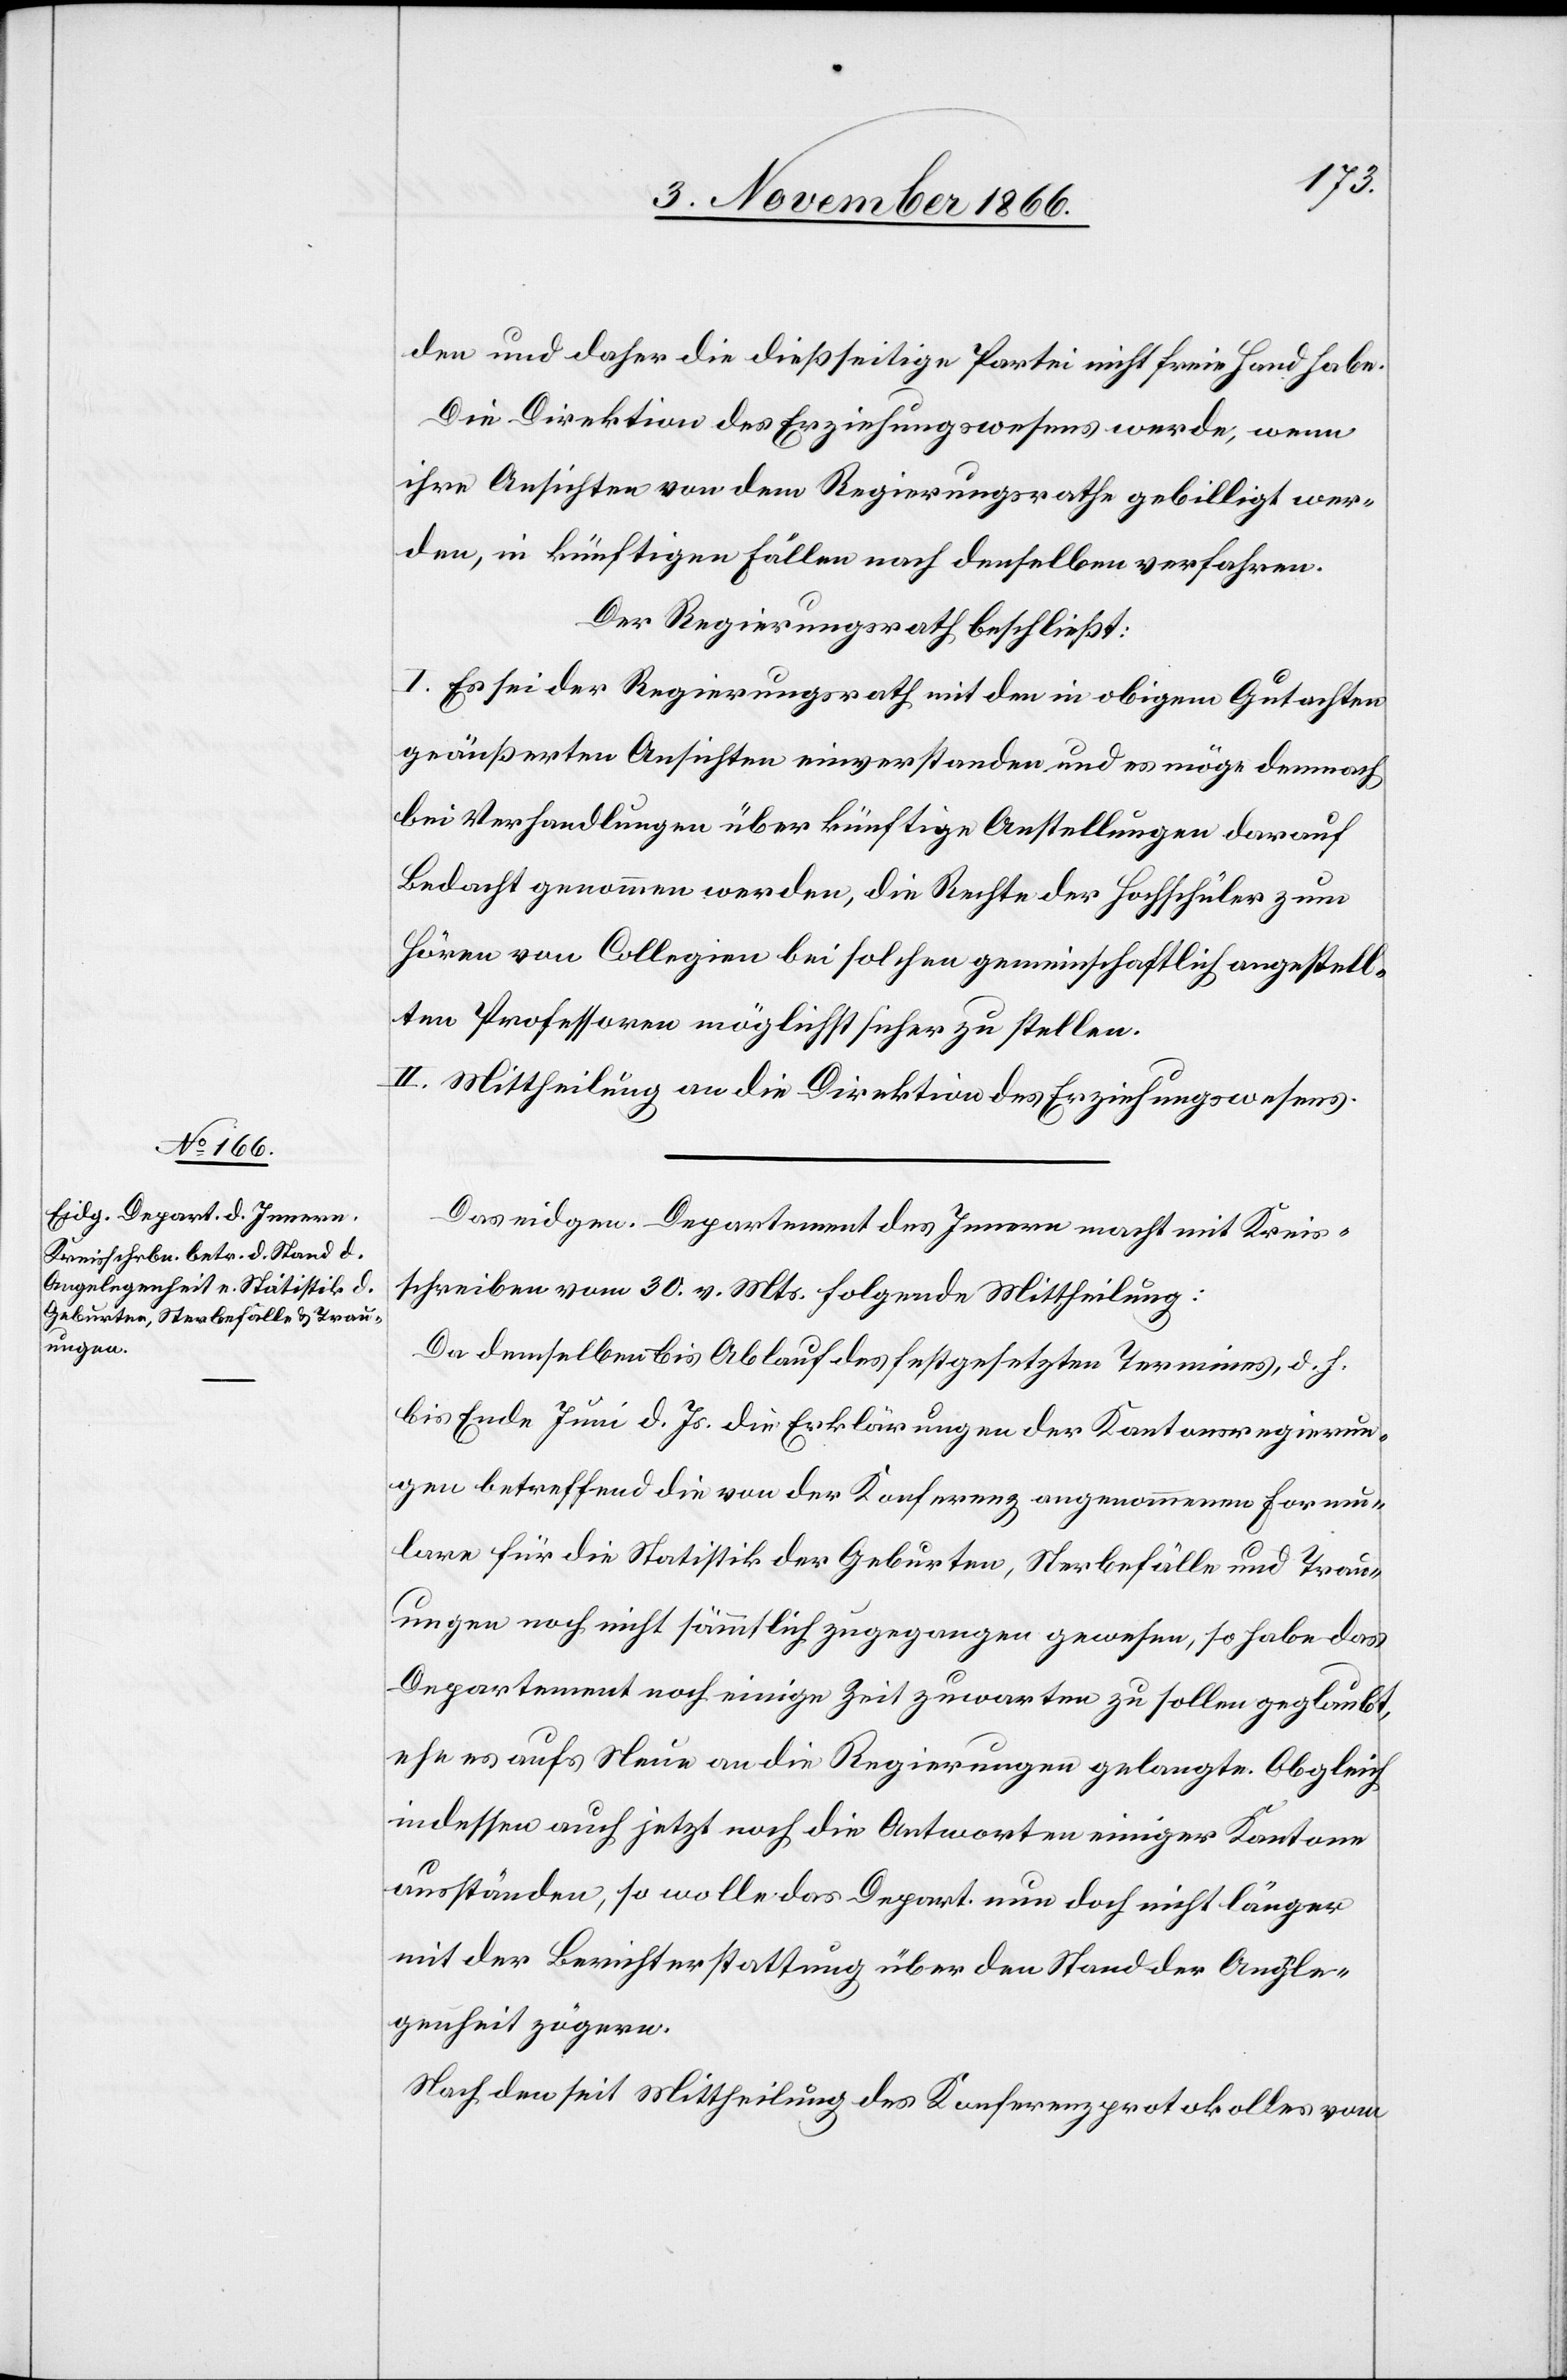
den und daher die dießseitige Partei nicht freie Hand habe.
Die Direktion des Erziehungswesens werde, wenn
ihre Ansichten von dem Regierungsrathe gebilligt wer¬
den, in künftigen Fällen nach denselben verfahren.
Der Regierungsrath beschließt:
I. Es sei der Regierungsrath mit den in obigem Gutachten
geäußerten Ansichten einverstanden und es möge demnach
bei Verhandlungen über künftige Anstellungen darauf
Bedacht genommen werden, die Rechte der Hochschüler zum
Hören von Collegien bei solchen gemeinschaftlich angestell¬
ten Professoren möglichst sicher zu stellen.
II. Mittheilung an die Direktion des Erziehungswesens.
Das eidgen. Departement des Innern macht mit Kreis¬
schreiben vom 30. v. Mts. folgende Mittheilung:
Da demselben bis Ablauf des festgesetzten Termines, d. h.
bis Ende Juni d. Js. die Erklärungen der Kantonsregierun¬
gen betreffend die von der Konferenz angenommenen Formu¬
lare für die Statistik der Geburten, Sterbefälle und Trau¬
ungen noch nicht sämmtlich zugegangen gewesen, so habe das
Departement noch einige Zeit zuwarten zu sollen geglaubt,
ehe es aufs Neue an die Regierungen gelangte. Obgleich
indessen auch jetzt noch die Antworten einiger Kantone
ausständen, so wolle das Depart. nun doch nicht länger
mit der Berichterstattung über den Stand der Angele¬
genheit zögern.
Nach den seit Mittheilung des Konferenzprotokolles vom